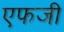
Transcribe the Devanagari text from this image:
एफजी